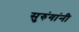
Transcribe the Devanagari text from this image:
सुरुंगांनी